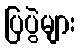
ပြပွဲများ